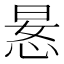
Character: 𫺍